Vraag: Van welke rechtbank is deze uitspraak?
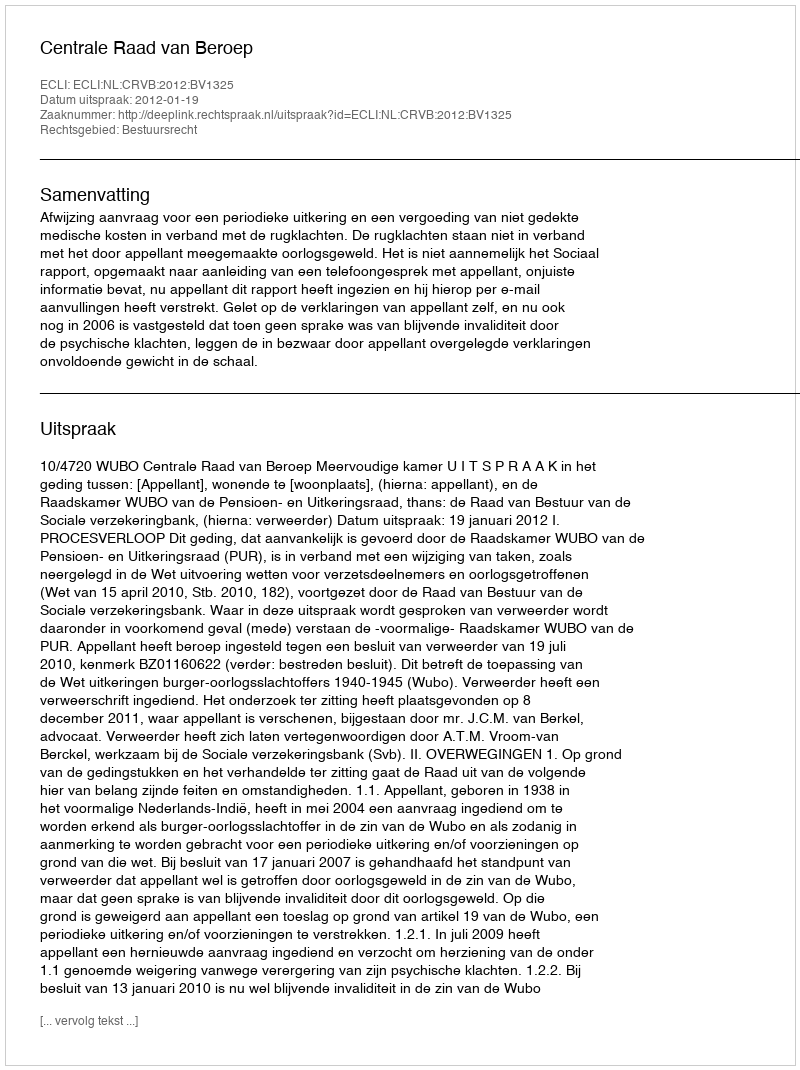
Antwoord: Centrale Raad van Beroep